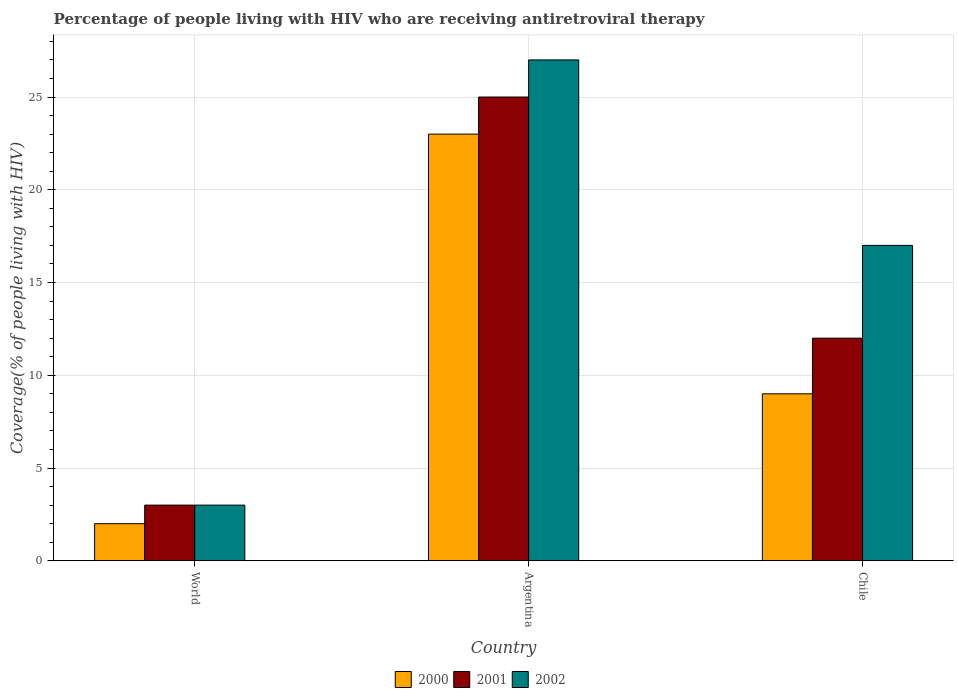
| Country | 2000 | 2001 | 2002 |
 | --- | --- | --- | --- |
 | World | 2 | 3 | 3 |
 | Argentina | 23 | 25 | 27 |
 | Chile | 9 | 12 | 17 |